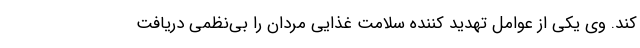
کند. وی یکی از عوامل تهدید کننده سلامت غذایی مردان را بی‌نظمی دریافت